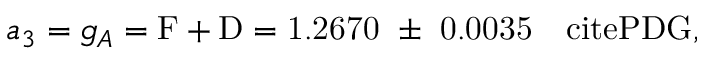
a _ { 3 } = g _ { A } = \mathrm { { F + D } = 1 . 2 6 7 0 ~ \pm ~ 0 . 0 0 3 5 ~ ~ \ c i t e { P D G } , }